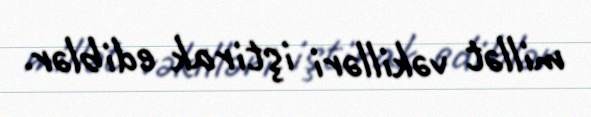
millət vəkilləri iştirak ediblər.